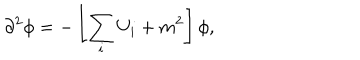
LaTeX: \partial ^ { 2 } \phi = - \left[ \sum _ { i } U _ { i } + m ^ { 2 } \right] \phi ,